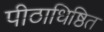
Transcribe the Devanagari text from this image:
पीठाधिष्ठित